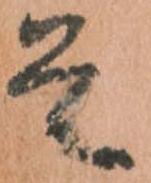
首